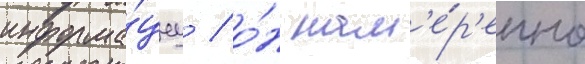
информа́циу / о́н нам'е́р'енно